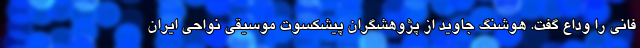
فانی را وداع گفت. هوشنگ جاوید از پژوهشگران پیشکسوت موسیقی نواحی ایران